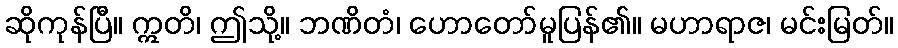
ဆိုကုန်ပြီ။ ဣတိ၊ ဤသို့။ ဘဏိတံ၊ ဟောတော်မူပြန်၏။ မဟာရာဇ၊ မင်းမြတ်။